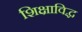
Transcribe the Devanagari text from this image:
शिक्षाविद्ध